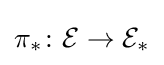
\pi _{*}\colon {\mathcal {E}}\to {\mathcal {E}}_{*}